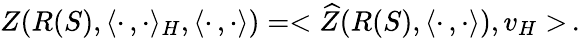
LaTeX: Z(R(S),\langle\cdot\, ,\cdot\rangle_{H},\langle\cdot\, ,\cdot\rangle)=<\widehat{Z}(R(S),\langle\cdot\, ,\cdot\rangle),v_{H}>\, .